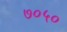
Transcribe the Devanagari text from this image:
७०५०